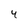
Character: 4